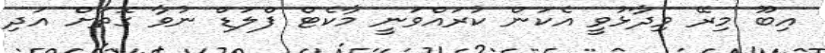
އިބޫ މިރޭ ވިދާޅުވީ އެކަން ކުރައްވަނީ މާކެޓް ފްލަޑް ނުވާ ގޮތަށް އަދި